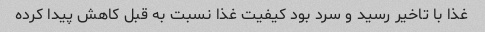
غذا با تاخیر رسید و سرد بود کیفیت غذا نسبت به قبل کاهش پیدا کرده